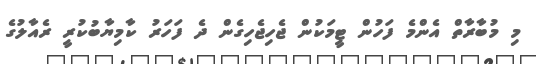
މި މުބާރާތް އެންމެ ފަހުން ޓީމަކުން ޖެހިޖެހިގެން ދެ ފަހަރު ކާމިޔާބުކުރީ ރެއާލުގެ